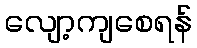
လျော့ကျစေရန်